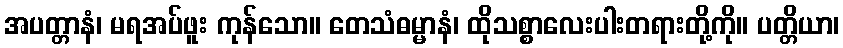
အပတ္တာနံ၊ မရအပ်ဖူး ကုန်သော။ တေသံဓမ္မာနံ၊ ထိုသစ္စာလေးပါးတရားတို့ကို။ ပတ္တိယာ၊